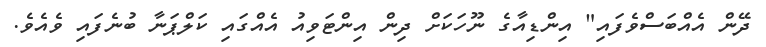
ދޭން އެއްބަސްވެފައި" އިންޑިއާގެ ނޫހަކަށް ދިން އިންޓަވިއު އެއްގައި ކަލްޕަނާ ބުނެފައި ވެއެވެ.